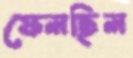
ফেলছিল